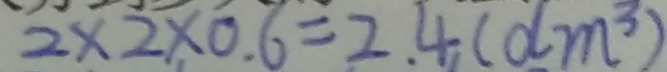
2 \times 2 \times 0 . 6 = 2 . 4 ( d m ^ { 3 } )